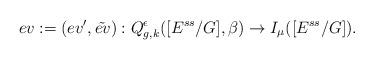
LaTeX: \begin{align*}ev:=(ev',\tilde{ev}):Q^{\epsilon}_{g,k}([E^{ss}/G],\beta)\rightarrow I_{\mu}([E^{ss}/G]).\end{align*}